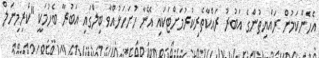
އެހެންކަމުން ރައްޔިތުންގެ އަބުރު ރައްކާތެރިކުރުމަށްޓަކައި އޭނާ ހުށަހަޅުއްވާ ބިލްގައި އަބުރާ ބެހުމަކީ "ކްރިމިނަލް